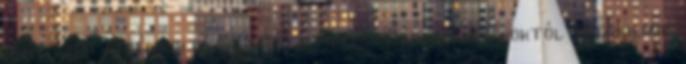
mint ezer játékunk közül választhatsz Lányos játékoktól az izgalmas